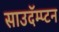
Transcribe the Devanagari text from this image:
साउदॅम्प्टन